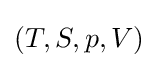
(T,S,p,V)